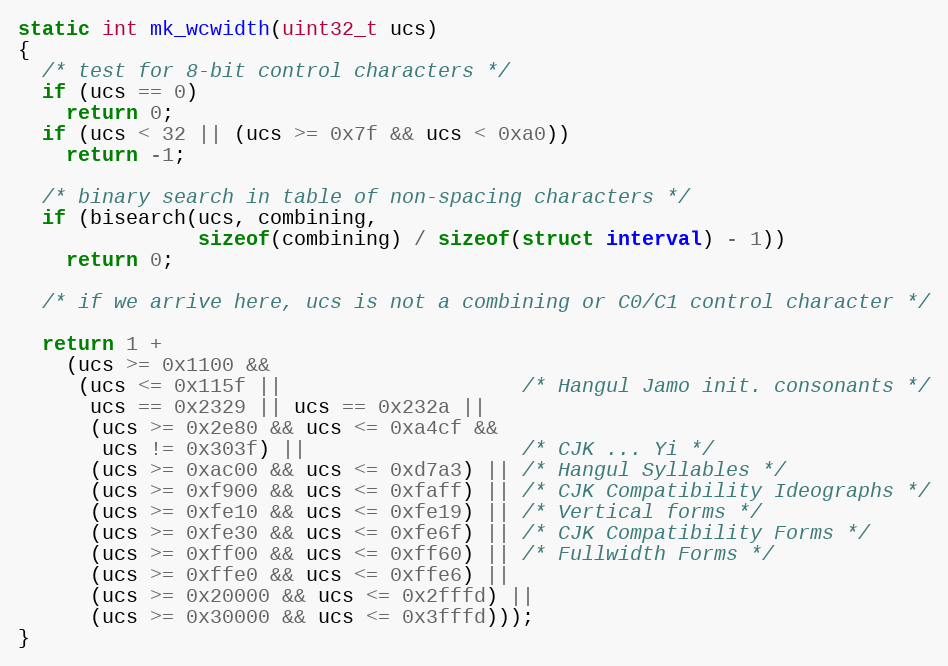
Language: C
static int mk_wcwidth(uint32_t ucs)
{
  /* test for 8-bit control characters */
  if (ucs == 0)
    return 0;
  if (ucs < 32 || (ucs >= 0x7f && ucs < 0xa0))
    return -1;

  /* binary search in table of non-spacing characters */
  if (bisearch(ucs, combining,
               sizeof(combining) / sizeof(struct interval) - 1))
    return 0;

  /* if we arrive here, ucs is not a combining or C0/C1 control character */

  return 1 +
    (ucs >= 0x1100 &&
     (ucs <= 0x115f ||                    /* Hangul Jamo init. consonants */
      ucs == 0x2329 || ucs == 0x232a ||
      (ucs >= 0x2e80 && ucs <= 0xa4cf &&
       ucs != 0x303f) ||                  /* CJK ... Yi */
      (ucs >= 0xac00 && ucs <= 0xd7a3) || /* Hangul Syllables */
      (ucs >= 0xf900 && ucs <= 0xfaff) || /* CJK Compatibility Ideographs */
      (ucs >= 0xfe10 && ucs <= 0xfe19) || /* Vertical forms */
      (ucs >= 0xfe30 && ucs <= 0xfe6f) || /* CJK Compatibility Forms */
      (ucs >= 0xff00 && ucs <= 0xff60) || /* Fullwidth Forms */
      (ucs >= 0xffe0 && ucs <= 0xffe6) ||
      (ucs >= 0x20000 && ucs <= 0x2fffd) ||
      (ucs >= 0x30000 && ucs <= 0x3fffd)));
}